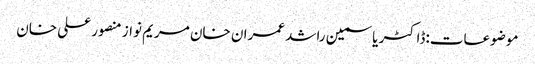
موضوعات:ڈاکٹر یاسمین راشد عمران خان مریم نواز منصور علی خان